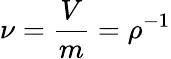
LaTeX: \nu={\frac{V}{m}}=\rho^{-1}